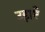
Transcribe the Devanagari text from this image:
उड़ाएँ